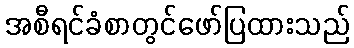
အစီရင်ခံစာတွင်ဖော်ပြထားသည်